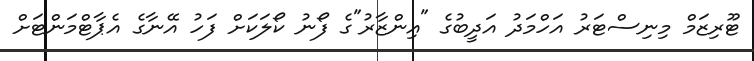
ޓޫރިޒަމް މިނިސްޓަރު އަހްމަދު އަދީބުގެ "އިންޒާރު"ގެ ފޯނު ކޯލަކަށް ފަހު އޭނާގެ އެޕާޓްމަންޓަށް